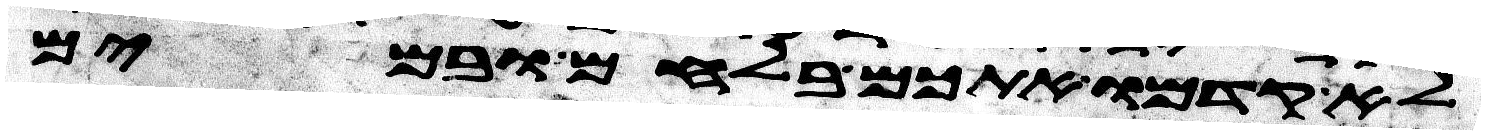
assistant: לא קדמו אתכם בלחם ובמים